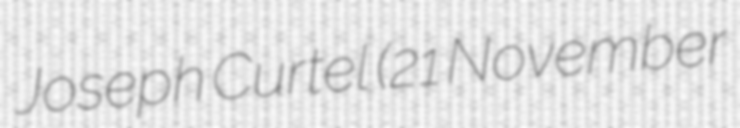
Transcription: Joseph Curtel (21 November